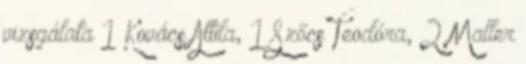
vizsgálata 1 Kovács Attila, 1 Szőcs Teodóra, 2 Maller